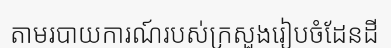
តាមរបាយការណ៍របស់ក្រសួងរៀបចំដែនដី